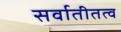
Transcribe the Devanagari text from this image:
सर्वातीतत्व